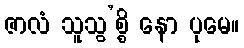
ဇာလံ သူသွ’စ္စိ နော ပုမေ။